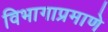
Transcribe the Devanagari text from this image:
विभागाप्रमाणे